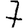
Digit: 7